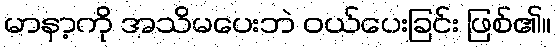
မာနာ့ကို အသိမပေးဘဲ ဝယ်ပေးခြင်း ဖြစ်၏။